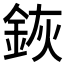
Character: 𨦗